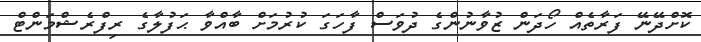
ކޮށްދޭނޭ ފަރާތެއް ހޯދަން ޒުވާނުންގެ ދުވަސް ފާހަގަ ކުރުމަށް ބާއްވާ ޙަފުލާގެ ރިފްރެޝްމަންޓް